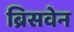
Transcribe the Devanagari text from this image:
ब्रिसवेन